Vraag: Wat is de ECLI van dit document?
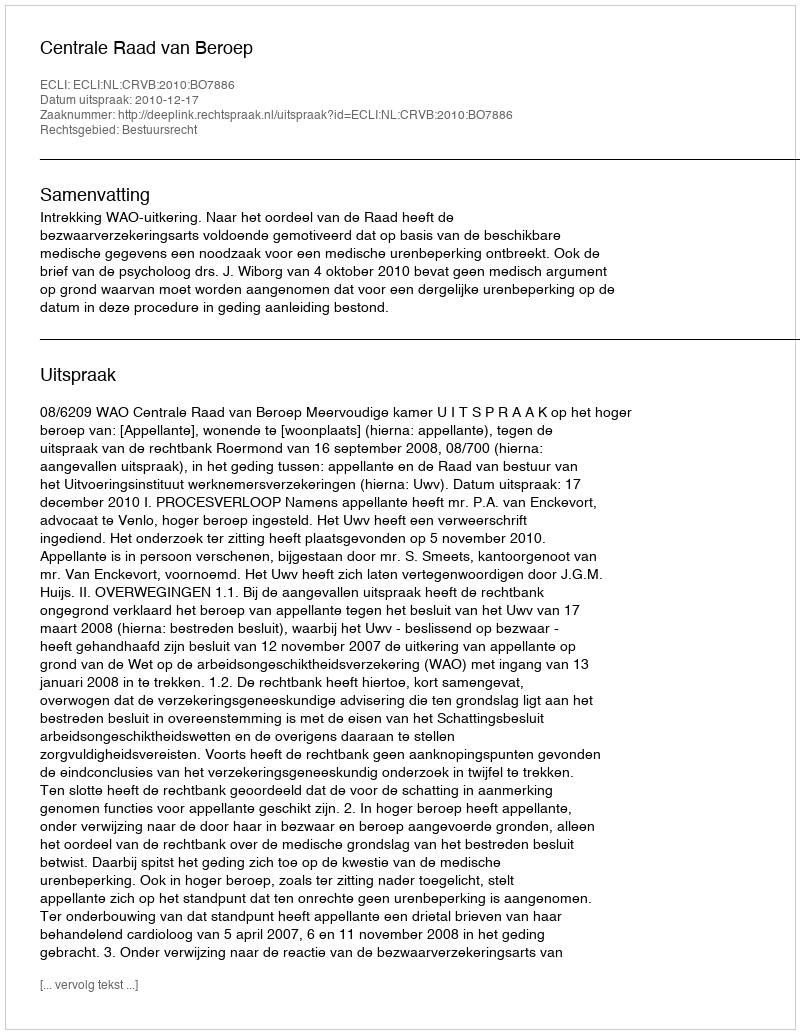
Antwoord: ECLI:NL:CRVB:2010:BO7886